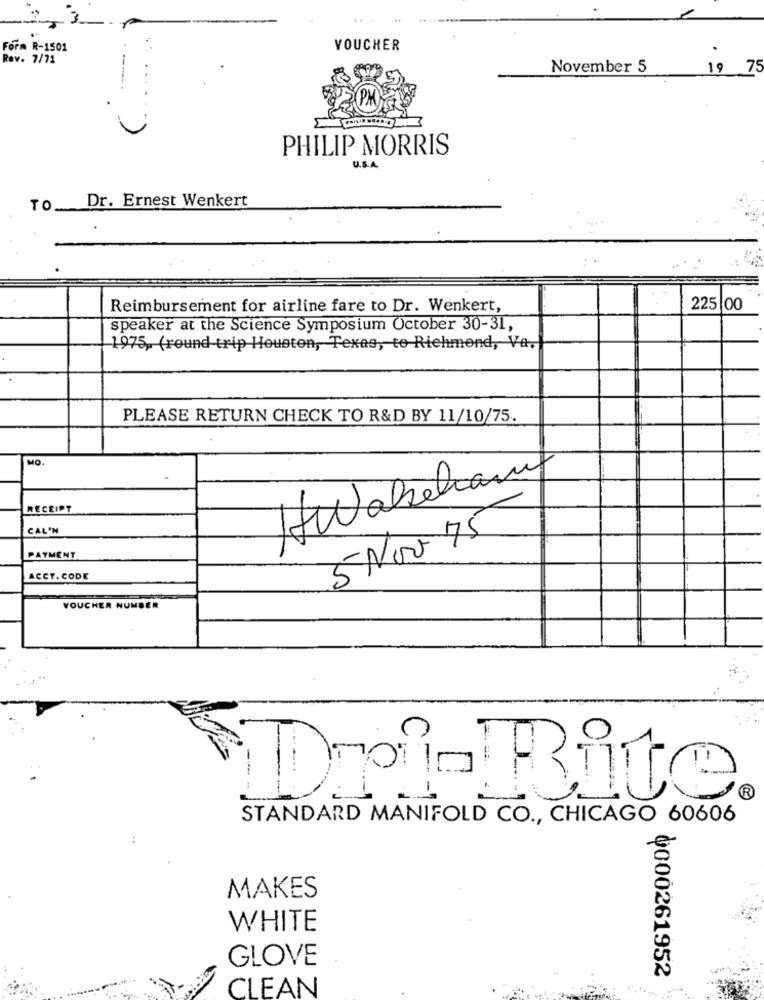
Form R-1501
VOUCHER
Rev. 7/71
November 5
19
7
PHILIP MORRIS
U.S.A.
Dr. Ernest Wenkert
TO
Reimbursement for airline fare to Dr. Wenkert,
225 00
speaker at the Science Symposium October 30-31,
1975, (round-trip Houston, Texas, to Richmond, Va,
PLEASE RETURN CHECK TO R&D BY 11/10/75.
MO.
HWabelian
RECEIPT
CAL'N
SALON 75
PAYMENT
ACCT. CODE
VOUCHER NUMBER
R
Dri-Rite
STANDARD MANIFOLD CO ., CHICAGO 60606
..
MAKES
WHITE
GLOVE
0000261952
CLEAN